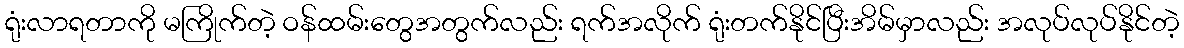
ရုံးလာရတာကို မကြိုက်တဲ့ ဝန်ထမ်းတွေအတွက်လည်း ရက်အလိုက် ရုံးတက်နိုင်ပြီးအိမ်မှာလည်း အလုပ်လုပ်နိုင်တဲ့